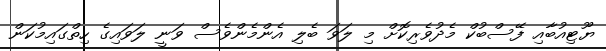
ޔޫޓިއުބާއި ފޭސްބުކް މެދުވެރިކޮށް މި ލަވަ ބެލި އެންމެންވެސް ވަނީ ލަވައިގެ ހިތްގައިމުކަން